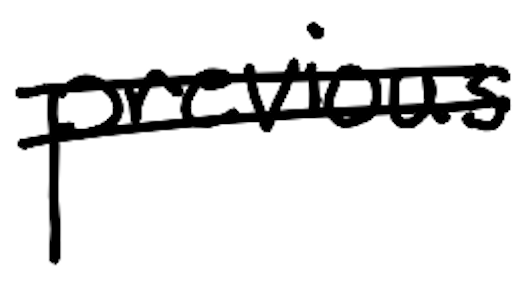
Text: previous
Cross-out: double-line
Writing tool: digital_black